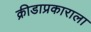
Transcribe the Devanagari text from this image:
क्रीडाप्रकाराला